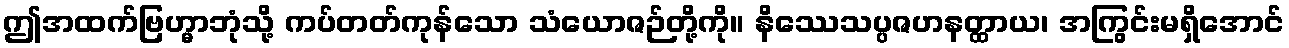
ဤအထက်ဗြဟ္မာဘုံသို့ ကပ်တတ်ကုန်သော သံယောဇဉ်တို့ကို။ နိဿေသပ္ပဇဟနတ္ထာယ၊ အကြွင်းမရှိအောင်